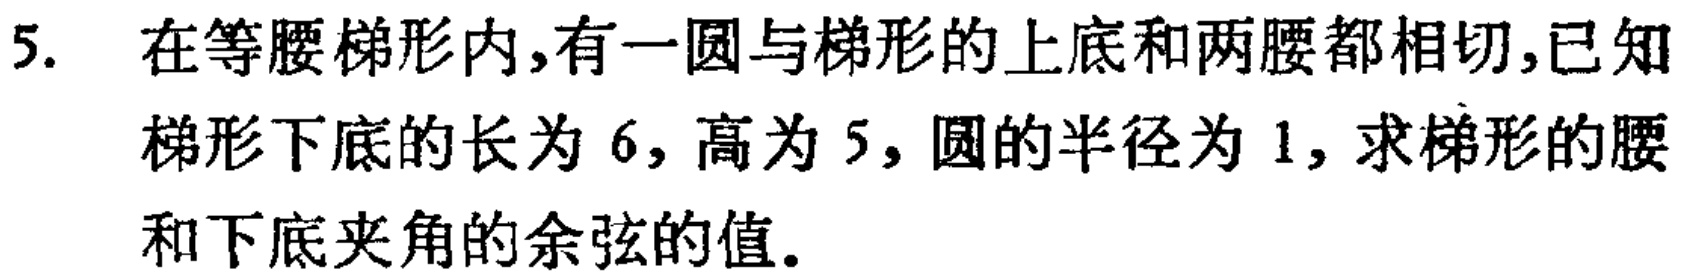
5. 在等腰梯形内,有一圆与梯形的上底和两腰都相切,已知梯形下底的长为 6, 高为 5, 圆的半径为 1, 求梯形的腰和下底夹角的余弦的值.